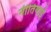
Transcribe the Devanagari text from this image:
नीतियाई